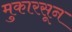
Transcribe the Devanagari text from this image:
मुकारसून